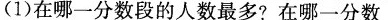
(1)在哪一分数段的人数最多?在哪一分数